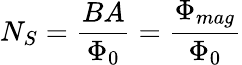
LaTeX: N_{S}={\frac{BA}{\Phi_{0}}}={\frac{\Phi_{mag}}{\Phi_{0}}}